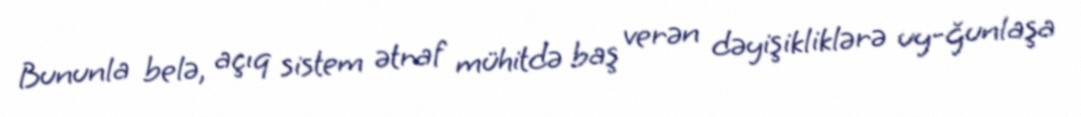
Bununla belə, açıq sistem ətraf mühitdə baş verən dəyişikliklərə uy-ğunlaşa